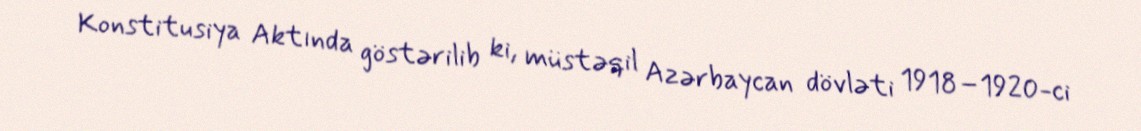
Konstitusiya Aktında göstərilib ki, müstəqil Azərbaycan dövləti 1918–1920-ci